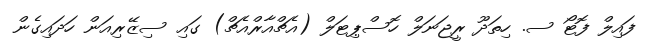
ފައިލް ފޮޓޯ ސ. ހިތަދޫ ރީޖަނަލް ހޮސްޕިޓަލް (އެޗްއާރްއެޗް) ގައި ސިޒޭރިއަން ހަދައިގެން